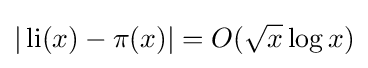
|\operatorname {li} (x)-\pi (x)|=O({\sqrt {x}}\log x)